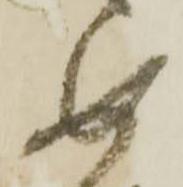
め